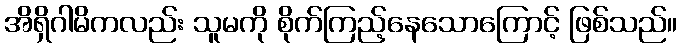
အိရှိဂါမိကလည်း သူမကို စိုက်ကြည့်နေသောကြောင့် ဖြစ်သည်။